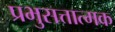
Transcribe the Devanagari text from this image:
प्रभुसत्तात्मक